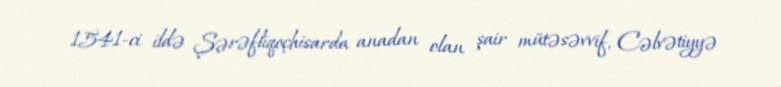
1541-ci ildə Şərəfliqoçhisarda anadan olan şair mütəsəvvif, Cəlvətiyyə